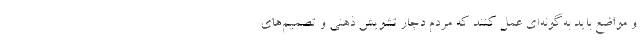
و مواضع باید به‌گونه‌ای عمل کنند که مردم دچار تشویش ذهنی و تصمیم‌های